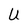
Character: U